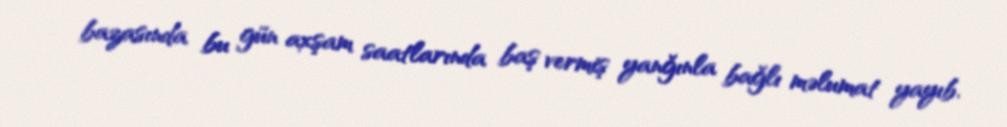
bazasında bu gün axşam saatlarında baş vermiş yanğınla bağlı məlumat yayıb.